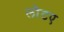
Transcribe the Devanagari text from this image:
लौटए